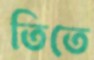
তিতে